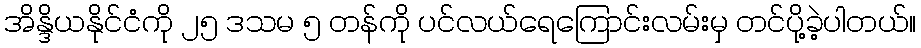
အိန္ဒိယနိုင်ငံကို ၂၅ ဒသမ ၅ တန်ကို ပင်လယ်ရေကြောင်းလမ်းမှ တင်ပို့ခဲ့ပါတယ်။